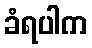
ခံရပါက